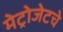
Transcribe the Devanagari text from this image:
मेट्रोजेटचे